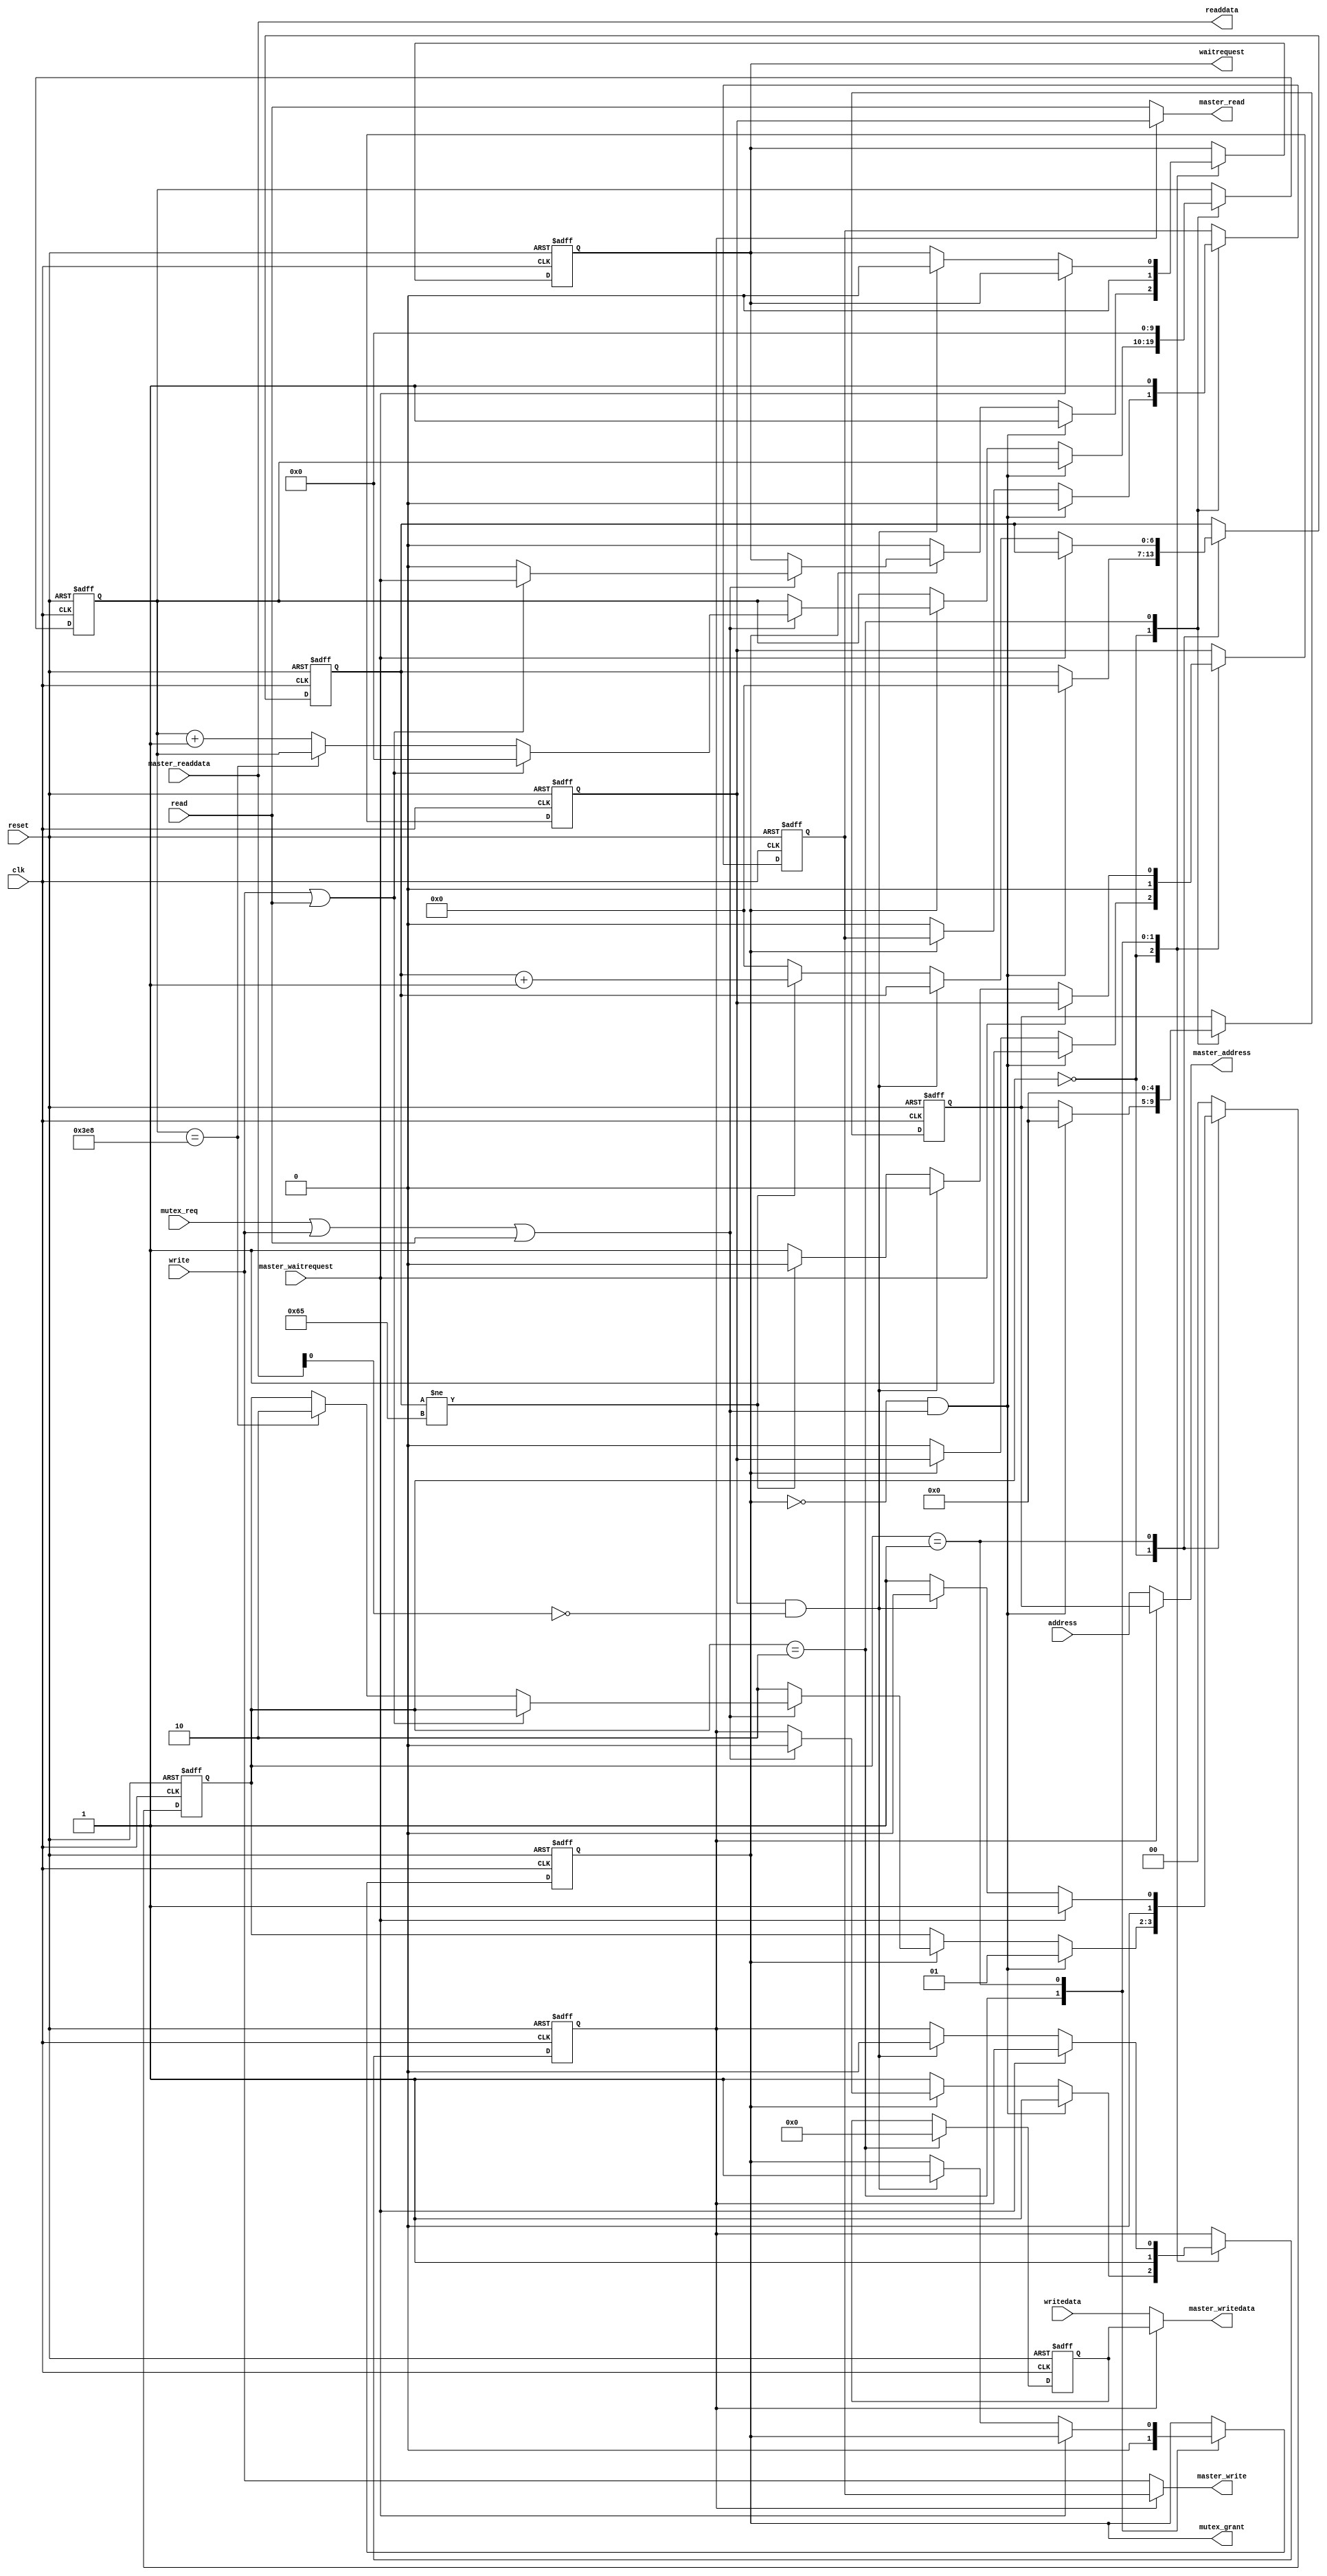
// (C) 2001-2011 Altera Corporation. All rights reserved.
// Your use of Altera Corporation's design tools, logic functions and other 
// software and tools, and its AMPP partner logic functions, and any output 
// files any of the foregoing (including device programming or simulation 
// files), and any associated documentation or information are expressly subject 
// to the terms and conditions of the Altera Program License Subscription 
// Agreement, Altera MegaCore Function License Agreement, or other applicable 
// license agreement, including, without limitation, that your use is for the 
// sole purpose of programming logic devices manufactured by Altera and sold by 
// Altera or its authorized distributors.  Please refer to the applicable 
// agreement for further details.


`timescale 1 ps / 1 ps
module alt_mutex_acq #(
	parameter mutex_wait_time = 101,
	parameter mutex_wait_time_cntr_width = 7, // do we need this parameter?
	parameter addr_width = 5,
    parameter data_width = 32,
    parameter read_mutex_addr_offset = 0 // address of the mutex word
)
(

input wire clk,        // this will be the reconfig clk
input wire reset,

// Internal interface for the bigger controlling module, like analog reconfig
input wire [addr_width-1:0] address,             // MM address
input wire [data_width-1:0] writedata,
input wire write,
input wire read,
output reg waitrequest,    // can use to tell internal master to wait when auto-request+release
output wire [data_width-1:0] readdata,

 
// MM master external interface, that connects to mutex-slave, like the reconfig_basic block
output wire [addr_width-1:0] master_address,             // MM address
output wire [data_width-1:0] master_writedata,
output wire master_write,
output wire master_read,
input wire master_waitrequest,    // needed for a valid master interface
input wire [data_width-1:0] master_readdata,      // from mutex-slave

  

// request mutex access and should be held high as long as mutex is used
input wire mutex_req,
// output indicating whether mutex access was granted or not
output reg mutex_grant  

);



localparam IDLE = 2'b00;
localparam GET_MUTEX = 2'b01;
localparam RELEASE_MUTEX = 2'b10;

(* ALTERA_ATTRIBUTE = {"POWER_UP_LEVEL=LOW"} *)
reg [1:0] state;
(* ALTERA_ATTRIBUTE = {"POWER_UP_LEVEL=LOW"} *)
reg  [9:0] mutex_timeout_cntr;

(* ALTERA_ATTRIBUTE = {"POWER_UP_LEVEL=LOW"} *) // should we make this variable
reg  [mutex_wait_time_cntr_width-1:0] mutex_wait_cntr;

(* ALTERA_ATTRIBUTE = {"POWER_UP_LEVEL=LOW"} *)
reg [addr_width-1:0] mutex_int_address;             // MM address
(* ALTERA_ATTRIBUTE = {"POWER_UP_LEVEL=LOW"} *)
reg [data_width-1:0] mutex_int_writedata;
(* ALTERA_ATTRIBUTE = {"POWER_UP_LEVEL=LOW"} *)
reg mutex_int_write;
(* ALTERA_ATTRIBUTE = {"POWER_UP_LEVEL=LOW"} *)
reg mutex_int_read;
(* ALTERA_ATTRIBUTE = {"POWER_UP_LEVEL=LOW"} *)
reg do_base_readwrite;
(* ALTERA_ATTRIBUTE = {"POWER_UP_LEVEL=HIGH"} *)
reg mutex_mux_ctrl;

// synopsys translate_off
initial
begin
	mutex_grant = 0;
	mutex_mux_ctrl = 1'b1;
    mutex_timeout_cntr = 0;
    mutex_wait_cntr = 0;
    mutex_int_address = 0;
    mutex_int_writedata = 0;
    mutex_int_read = 0;
    mutex_int_write = 0;
    waitrequest = 0;
    do_base_readwrite = 0;
    state = 0;
end
// synopsys translate_on

always @(posedge clk or posedge reset)
begin
    if (reset === 1'b1)
    begin
		mutex_grant <= 0;
		mutex_mux_ctrl <= 1'b1;
		mutex_timeout_cntr <= 0;
		mutex_wait_cntr <= 0;
		mutex_int_address <= 'b0;
		mutex_int_writedata <= 'b0;
		mutex_int_read <= 'b0;
		mutex_int_write <= 'b0;
		waitrequest <= 'b0;
		do_base_readwrite <= 'b0;
		state <= 'b0;
    end
    else begin
		case (state)
		IDLE:begin  
// fix SPR:343567 - Avalon slaves are permitted to keep waitrequest asserted during idle cycles.
//                  The state machine will still work correctly by simply removing this condition.
//                  The next state is GET_MUTEX, and it will wait there if waitrequest is legitimately asserted.
//			if (master_waitrequest == 1'b1)
//				state <= IDLE; // wait till the waitrequest goes low
//			else if (mutex_grant == 0 &&
			if (mutex_grant == 0 &&
				(mutex_req == 1'b1 || write == 1'b1 || read == 1'b1))
			begin
				state <= GET_MUTEX;
				mutex_int_read <= 1'b1;
				mutex_int_address <= read_mutex_addr_offset;			
				mutex_int_write <= 1'b0;
				mutex_wait_cntr <= 0;
				mutex_mux_ctrl <= 1'b1;
				waitrequest <= 1'b1; // pull the waitrequest high
				if (write == 1'b1 || read == 1'b1)
					do_base_readwrite <= 1'b1;
				else
					do_base_readwrite <= 1'b0;
			end
			else if (mutex_grant == 1'b1)
			begin
				do_base_readwrite <= 1'b0;
				if (mutex_req == 1'b1 || write == 1'b1 || read == 1'b1)
				begin
					mutex_mux_ctrl <= 1'b0; // relinquish control of the mux
					if (write == 1'b1 || read == 1'b1)								
						waitrequest <= master_waitrequest;
					else
						waitrequest <= 1'b0;
					if (read == 1'b1 || write == 1'b1)
						mutex_timeout_cntr <= 0;
					else if (mutex_timeout_cntr == 10'd1000)
						state <= RELEASE_MUTEX;
					else
						mutex_timeout_cntr <= mutex_timeout_cntr[9:0] + 10'b1;
				end
				else
					state <= RELEASE_MUTEX;
			end
			else
			begin
				mutex_mux_ctrl <= 1'b1; // choke the inputs going to basic as mux is not available
				mutex_int_read <= 1'b0;
				mutex_int_write <= 1'b0;
				waitrequest <= 1'b0;
			end
		end
		RELEASE_MUTEX: begin
			// release the mutex
			mutex_mux_ctrl <= 1'b1;
			mutex_int_read <= 1'b0;
			mutex_int_write <= 1'b1;
			mutex_int_address <= read_mutex_addr_offset;
			mutex_int_writedata <= 16'b0;
			mutex_grant <= 1'b0;		
			state <= IDLE;
			mutex_timeout_cntr <= 0;
			waitrequest <= 1'b0;
		end
        GET_MUTEX: begin
			if (master_waitrequest == 1'b1) // wait in this state itself
			begin
				state <= GET_MUTEX;
			end
			else if (mutex_int_read == 1'b1 && master_readdata[0] == 1'b0)   // check mutex bit
			begin
   				mutex_grant <= 1; // mutex is available
       			state <= IDLE;
				mutex_int_read <= 1'b0; // reset the read and mux ctrl bits
				mutex_mux_ctrl <= 0;
				if (do_base_readwrite == 1'b1)
					waitrequest <= master_waitrequest;					
				else
					waitrequest <= 1'b0;
			end
			else if (mutex_wait_cntr != mutex_wait_time)
			begin // continue waiting till the wait time is hit
				mutex_wait_cntr <= mutex_wait_cntr[mutex_wait_time_cntr_width-1:0] + 1;
				mutex_int_read <= 1'b0; // pull down the read
				state <= GET_MUTEX;
			end
			else // try and read again
			begin
				mutex_wait_cntr <= 0; // reset the wait cntr and try and read again
				mutex_int_read <= 1'b1;
				state <= GET_MUTEX;
			end
        end
        default: begin
			state <= IDLE;
		end	
		endcase
    end
    
end


assign master_address = mutex_mux_ctrl ? mutex_int_address : address;
assign master_writedata = mutex_mux_ctrl ? mutex_int_writedata : writedata;
assign master_write = mutex_mux_ctrl ? mutex_int_write : write;
assign master_read = mutex_mux_ctrl ? mutex_int_read : read;
assign readdata = master_readdata; // pipe the readdata out

endmodule